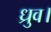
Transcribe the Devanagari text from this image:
ध्रुव।